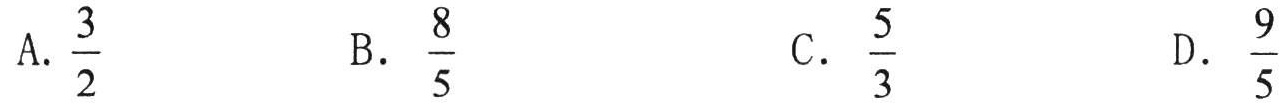
A. \(\frac{3}{2}\)
B. \(\frac{8}{5}\)
C. \(\frac{5}{3}\)
D. \(\frac{9}{5}\)